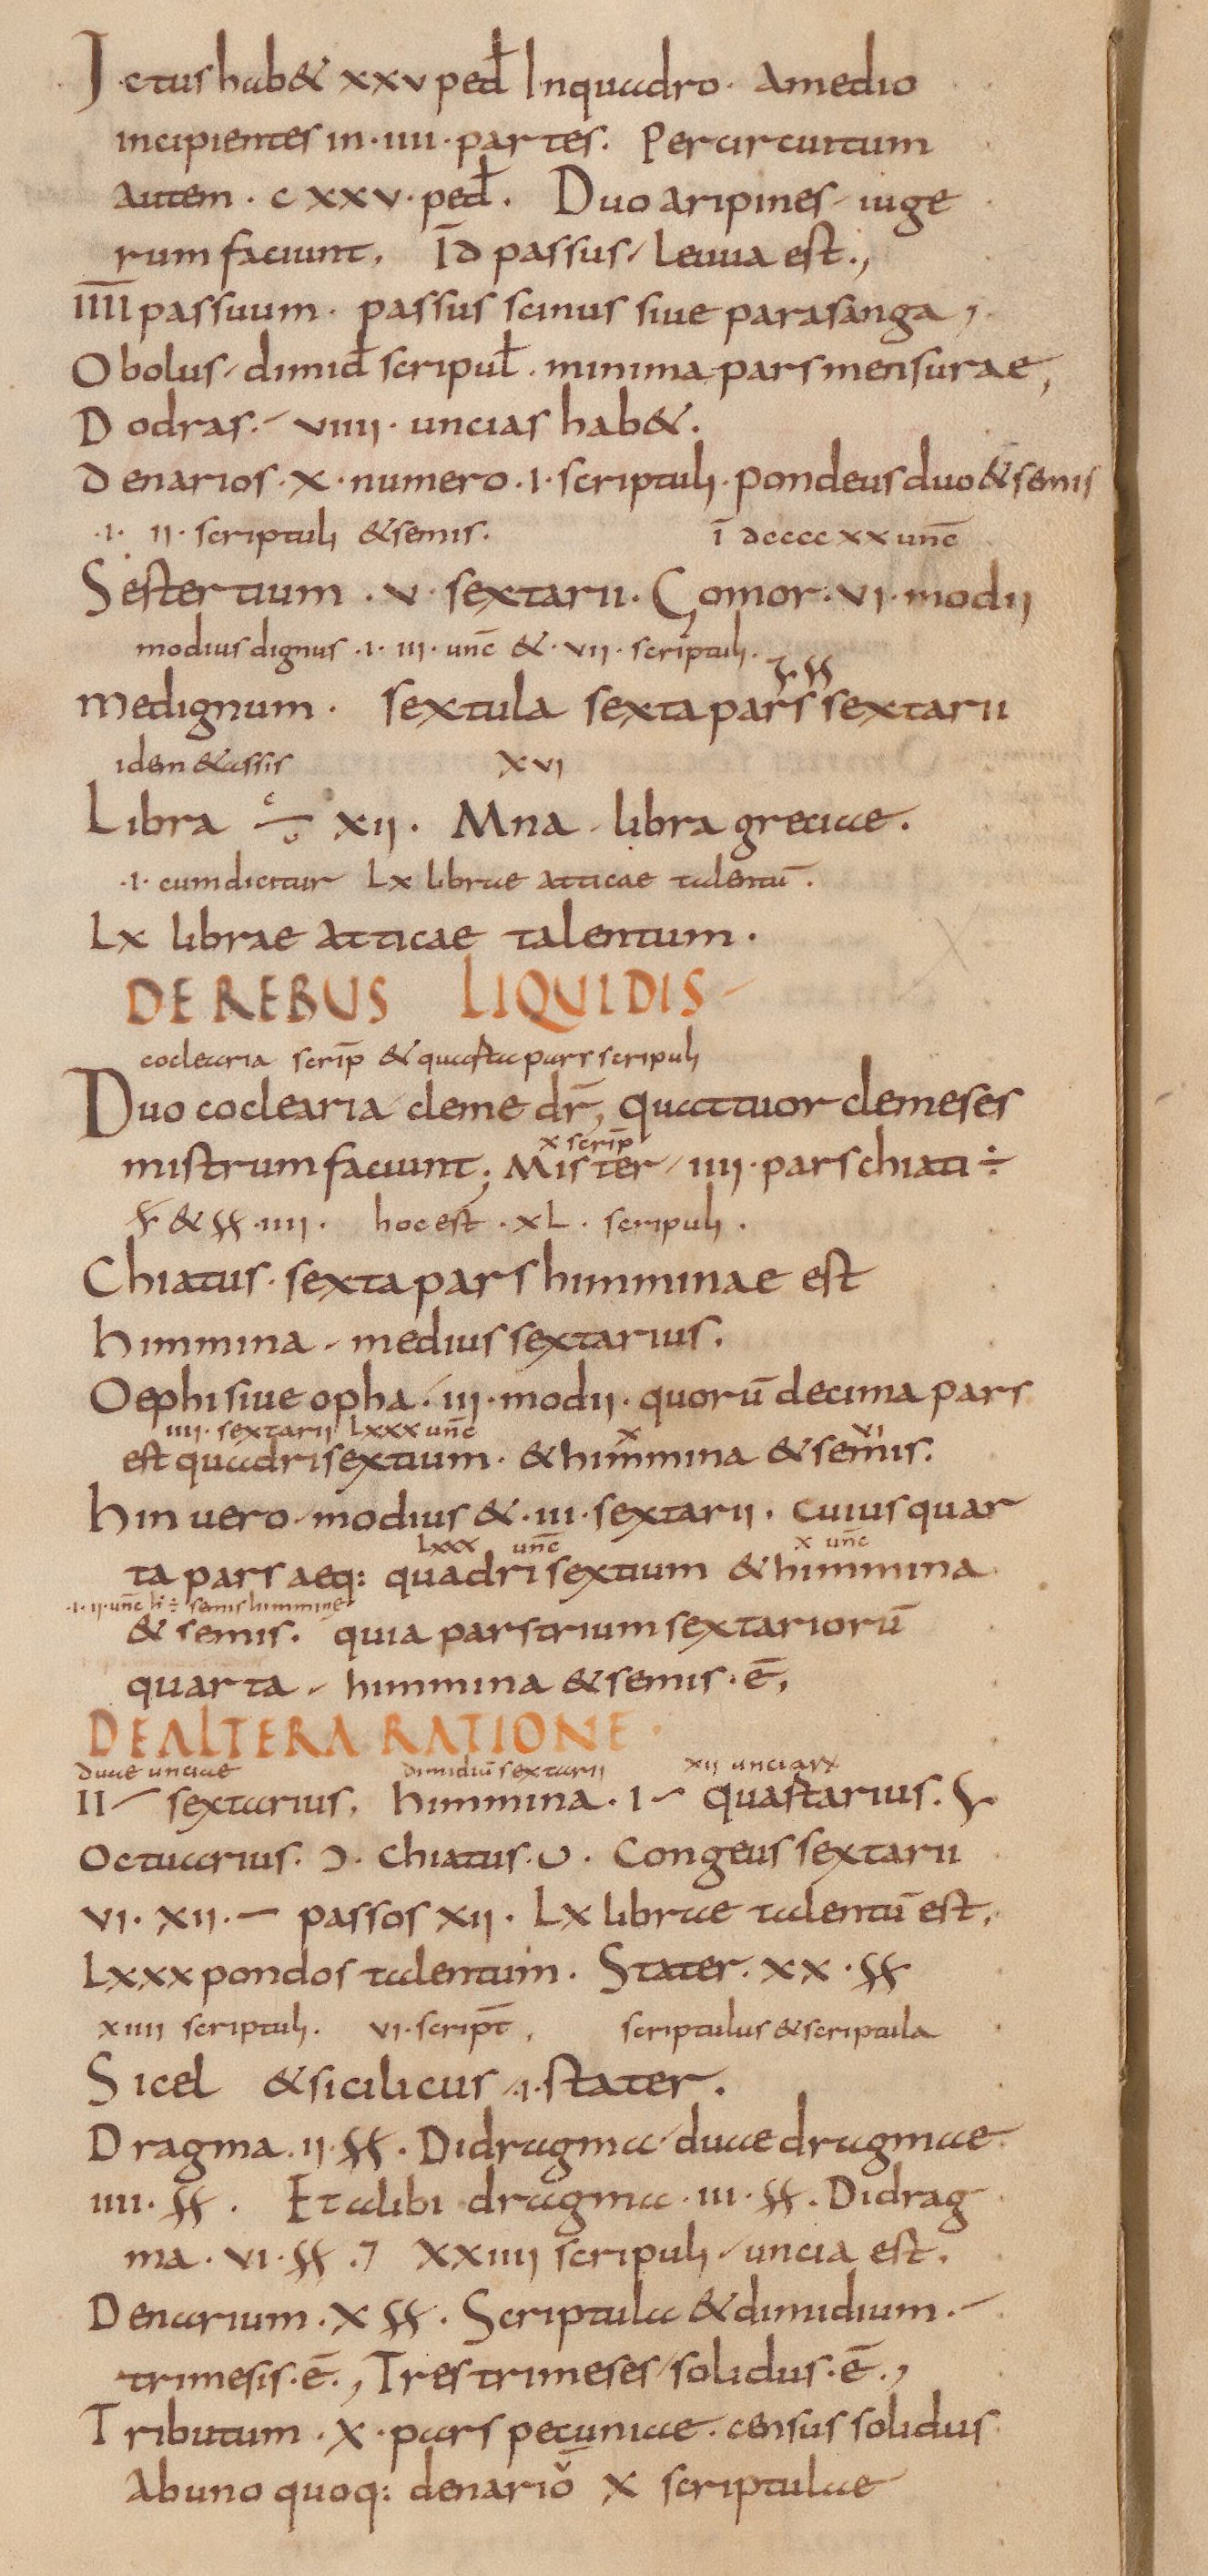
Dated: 825–1000